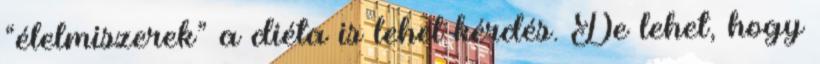
“élelmiszerek” a diéta is lehet kérdés. De lehet, hogy